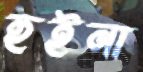
হুইনা